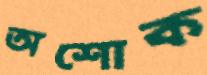
অশোক